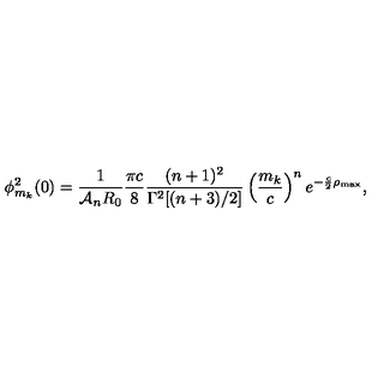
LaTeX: \phi _ { m _ { k } } ^ { 2 } ( 0 ) = \frac { 1 } { { \cal A } _ { n } R _ { 0 } } \frac { \pi c } { 8 } \frac { ( n + 1 ) ^ { 2 } } { \Gamma ^ { 2 } [ ( n + 3 ) / 2 ] } \left( \frac { m _ { k } } { c } \right) ^ { n } e ^ { - \frac { c } { 2 } \rho _ { \mathrm { m a x } } } ,